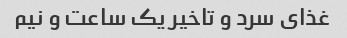
غذای سرد و تاخیر یک ساعت و نیم